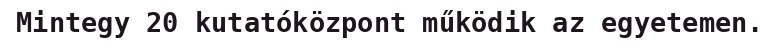
Mintegy 20 kutatóközpont működik az egyetemen.